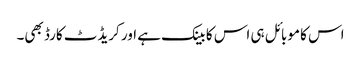
اس کا موبائل ہی اس کا بینک ہے اور کریڈٹ کارڈ بھی۔